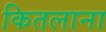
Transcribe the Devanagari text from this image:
कितलाना